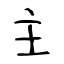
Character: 主